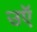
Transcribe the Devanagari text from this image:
उऍ